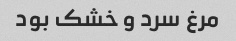
مرغ سرد و خشک بود